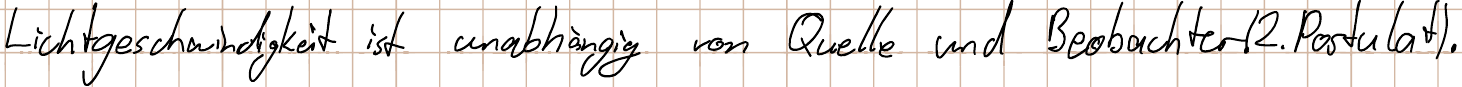
Lichtgeschwindigkeit ist unabhängig von Quelle und Beobachter (2. Postulat).